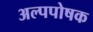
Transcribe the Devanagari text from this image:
अल्पपोषक